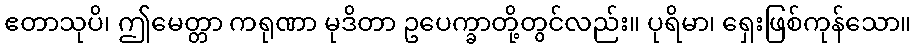
ဧတာသုပိ၊ ဤမေတ္တာ ကရုဏာ မုဒိတာ ဥပေက္ခာတို့တွင်လည်း။ ပုရိမာ၊ ရှေးဖြစ်ကုန်သော။